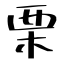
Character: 栗